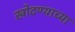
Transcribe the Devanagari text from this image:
खोदण्याच्या